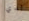
لدي